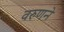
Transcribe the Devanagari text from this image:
वरुणने